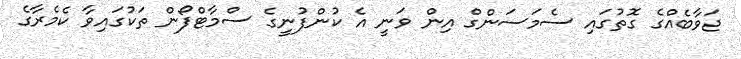
ޖަވާބެއްގެ ގޮތުގައި ސެމަސަންގް އިން ވަނީ އެ ކުންފުނީގެ ސްމާޓްފޯން ތަކުގައިވާ ކެމެރާގެ